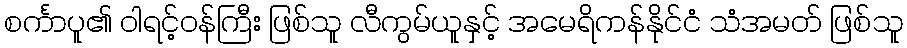
စင်္ကာပူ၏ ဝါရင့်ဝန်ကြီး ဖြစ်သူ လီကွမ်ယူနှင့် အမေရိကန်နိုင်ငံ သံအမတ် ဖြစ်သူ